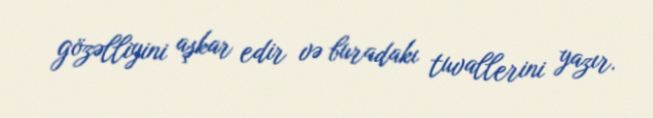
gözəlliyini aşkar edir və buradakı tuvallerini yazır.